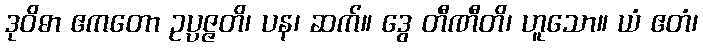
ဒုဝိဓာ ဧကတော ဥပ္ပဇ္ဇတိ၊ ပန၊ ဆက်။ ဒွေ တီဏီတိ၊ ဟူသော။ ယံ ဧတံ၊